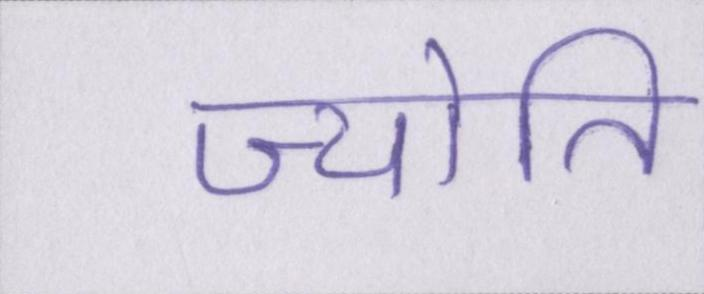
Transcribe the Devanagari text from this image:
ज्योति